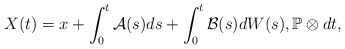
\begin{align*}X(t) = x + \int_0^t \mathcal{A}(s) ds + \int_0^t \mathcal{B}(s) dW(s) , \mathbb{P}\otimes dt ,\end{align*}